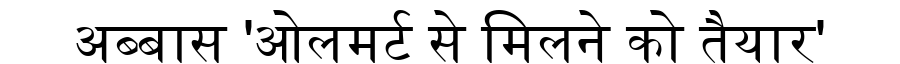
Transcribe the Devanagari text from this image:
अब्बास 'ओलमर्ट से मिलने को तैयार'